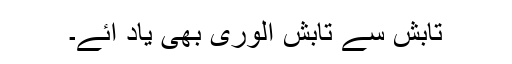
تابش سے تابش الوری بھی یاد آئے۔